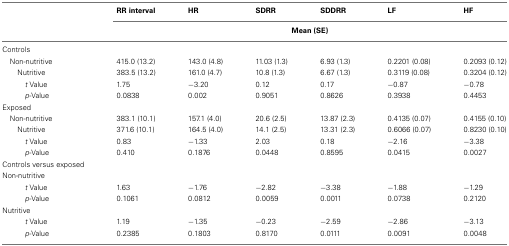
<table><thead><tr><td></td><td><b>RR interval</b></td><td><b>HR</b></td><td><b>SDRR</b></td><td><b>SDDRR</b></td><td><b>LF</b></td><td><b>HF</b></td></tr><tr><td></td><td colspan="6"><b>Mean (SE)</b></td></tr></thead><tbody><tr><td>Controls</td></tr><tr><td> Non-nutritive</td><td>415.0 (13.2)</td><td>143.0 (4.8)</td><td>11.03 (1.3)</td><td>6.93 (1.3)</td><td>0.2201 (0.08)</td><td>0.2093 (0.12)</td></tr><tr><td>Nutritive</td><td>383.5 (13.2)</td><td>161.0 (4.7)</td><td>10.8 (1.3)</td><td>6.67 (1.3)</td><td>0.3119 (0.08)</td><td>0.3204 (0.12)</td></tr><tr><td><i>t</i> Value</td><td>1.75</td><td>−3.20</td><td>0.12</td><td>0.17</td><td>−0.87</td><td>−0.78</td></tr><tr><td><i>p</i>-Value</td><td>0.0838</td><td>0.002</td><td>0.9051</td><td>0.8626</td><td>0.3938</td><td>0.4453</td></tr><tr><td>Exposed</td></tr><tr><td> Non-nutritive</td><td>383.1 (10.1)</td><td>157.1 (4.0)</td><td>20.6 (2.5)</td><td>13.87 (2.3)</td><td>0.4135 (0.07)</td><td>0.4155 (0.10)</td></tr><tr><td>Nutritive</td><td>371.6 (10.1)</td><td>164.5 (4.0)</td><td>14.1 (2.5)</td><td>13.31 (2.3)</td><td>0.6066 (0.07)</td><td>0.8230 (0.10)</td></tr><tr><td><i>t</i> Value</td><td>0.83</td><td>−1.33</td><td>2.03</td><td>0.18</td><td>−2.16</td><td>−3.38</td></tr><tr><td><i>p</i>-Value</td><td>0.410</td><td>0.1876</td><td>0.0448</td><td>0.8595</td><td>0.0415</td><td>0.0027</td></tr><tr><td>Controls versus exposed</td></tr><tr><td>Non-nutritive</td></tr><tr><td><i>t</i> Value</td><td>1.63</td><td>−1.76</td><td>−2.82</td><td>−3.38</td><td>−1.88</td><td>−1.29</td></tr><tr><td><i>p</i>-Value</td><td>0.1061</td><td>0.0812</td><td>0.0059</td><td>0.0011</td><td>0.0738</td><td>0.2120</td></tr><tr><td>Nutritive</td></tr><tr><td><i>t</i> Value</td><td>1.19</td><td>−1.35</td><td>−0.23</td><td>−2.59</td><td>−2.86</td><td>−3.13</td></tr><tr><td><i>p</i>-Value</td><td>0.2385</td><td>0.1803</td><td>0.8170</td><td>0.0111</td><td>0.0091</td><td>0.0048</td></tr></tbody></table>